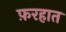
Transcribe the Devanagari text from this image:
फ़रहात